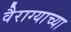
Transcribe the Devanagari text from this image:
वैराग्याच्या